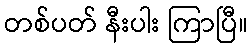
တစ်ပတ် နီးပါး ကြာပြီ။